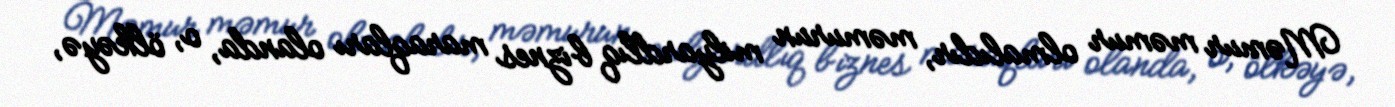
Məmur məmur olmalıdır, məmurun milyardlıq biznes maraqları olanda, o, ölkəyə,